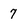
Character: 7